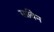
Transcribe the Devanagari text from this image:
साविन